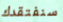
سنفتقدك